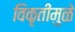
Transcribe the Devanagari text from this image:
विकृतींमुळे